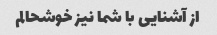
از آشنایی با شما نیز خوشحالم